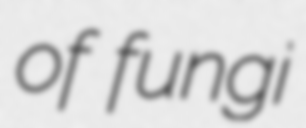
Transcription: of fungi